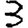
Digit: 3